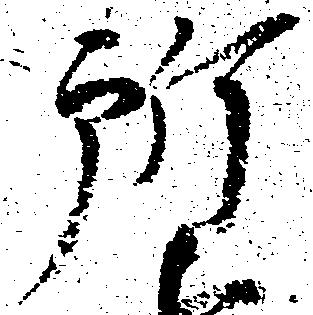
所